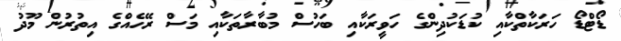
ޑޯޓްޑޯ ހަރަކާތްކާއި ކުޑަކުދިންގެ ހަވީރަކާއި ބަހުސް މުބާރާތަކާއި މަސް ރޭހެއްގެ އިތުރުން މޫދު